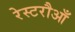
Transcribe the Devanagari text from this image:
रेस्टरौआँ